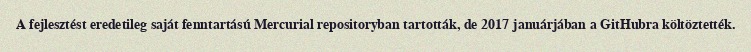
A fejlesztést eredetileg saját fenntartású Mercurial repositoryban tartották, de 2017 januárjában a GitHubra költöztették.